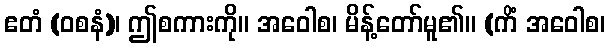
ဧတံ (ဝစနံ)၊ ဤစကားကို။ အဝေါစ၊ မိန့်တော်မူ၏။ (ကိံ အဝေါစ၊